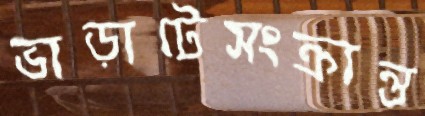
ভাড়াটেসংক্রান্ত